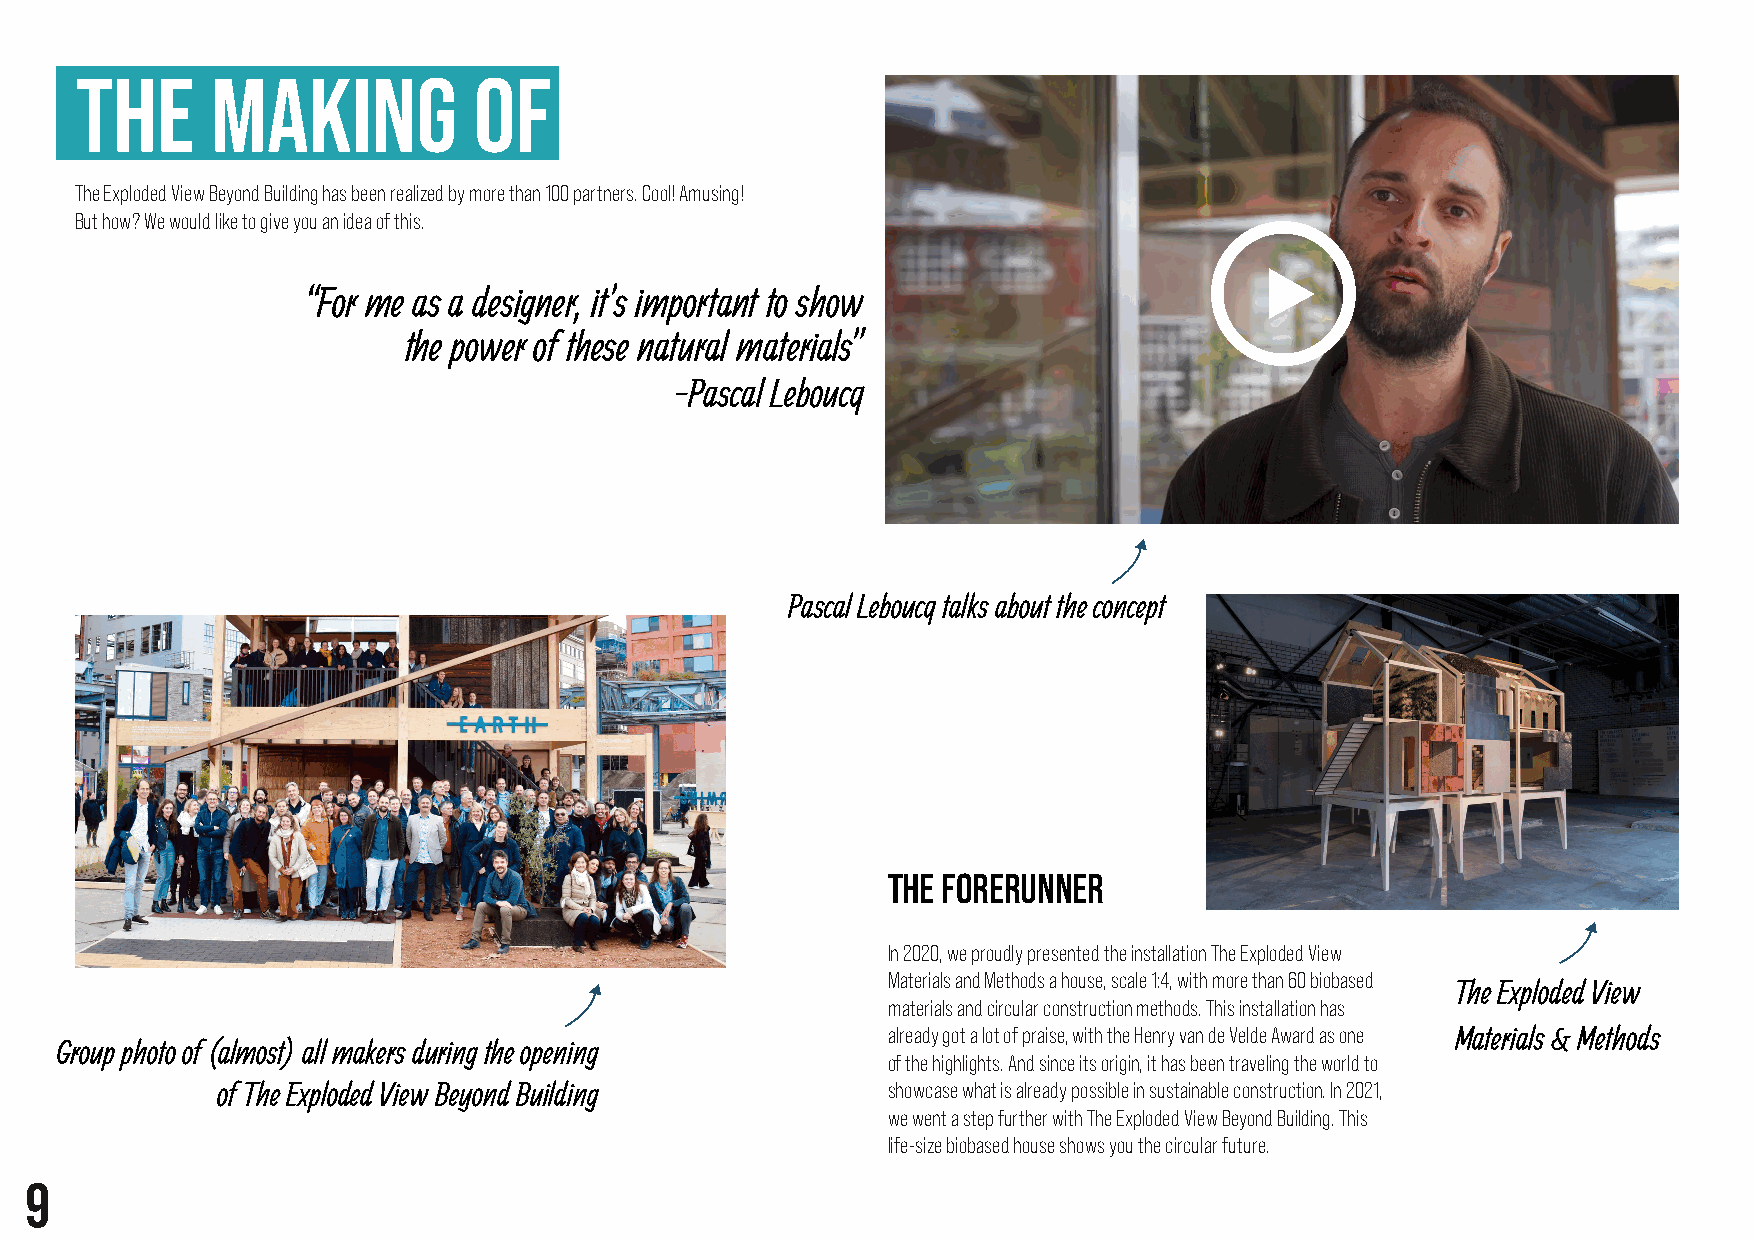
THE      MAKING           OF
 The Exploded View Beyond Building has been realized by more than 100 partners. Cool! Amusing!
 But how? We would like to give you an idea of this.
 “For me as a designer, it’s important to show
 the power of these natural materials”
 -Pascal Leboucq
 Pascal Leboucq talks about the concept
 THE FORERUNNER
 In 2020, we proudly presented the installation The Exploded View
 Materials and Methods a house, scale 1:4, with more than 60 biobased
 The Exploded View
 materials and circular construction methods. This installation has
 already got a lot of praise, with the Henry van de Velde Award as one Materials & Methods
 Group photo of (almost) all makers during the opening
 of the highlights. And since its origin, it has been traveling the world to
 of The Exploded View Beyond Building         showcase what is already possible in sustainable construction. In 2021,
 we went a step further with The Exploded View Beyond Building. This
 life-size biobased house shows you the circular future.
 9